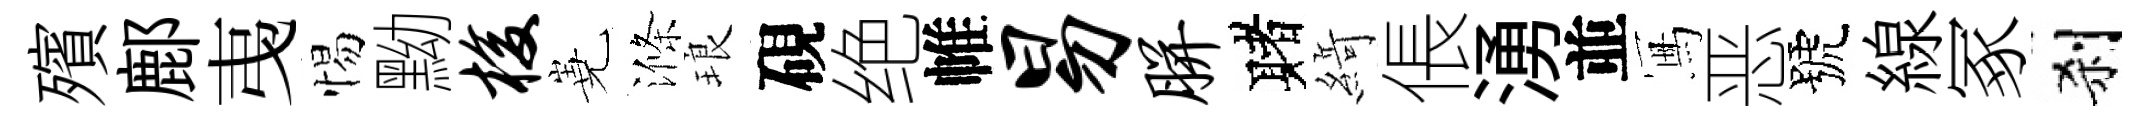
殯鄜𢎯惕黝梭嶤滌琅硯绝帷易胼赌𦂶倀湧並冩恶號線冢刹